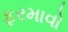
ફરમાવો